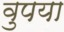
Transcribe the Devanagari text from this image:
वुपया